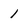
Character: 1